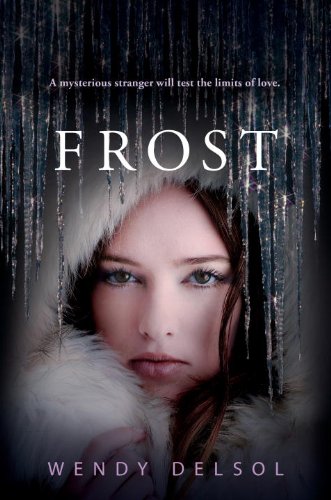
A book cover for Frost (Stork Trilogy); Wendy Delsol; Children's Books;